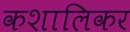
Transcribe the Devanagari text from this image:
कशालिकर